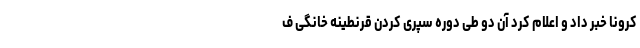
کرونا خبر داد و اعلام کرد آن دو طی دوره سپری کردن قرنطینه خانگی ف